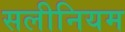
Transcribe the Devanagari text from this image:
सलीनियम